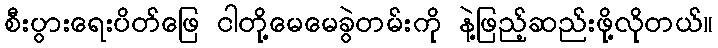
စီးပွားရေးပိတ်ဖြေ ငါတို့မေမေခွဲတမ်းကို နဲ့ဖြည့်ဆည်းဖို့လိုတယ်။